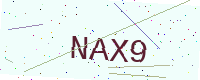
Text: NAX9